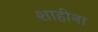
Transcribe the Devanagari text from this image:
शाहीना